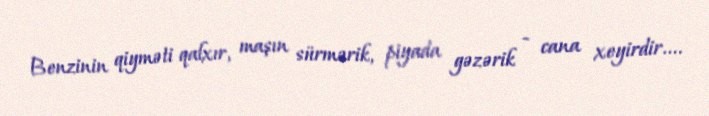
Benzinin qiyməti qalxır, maşın sürmərik, piyada gəzərik - cana xeyirdir....